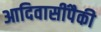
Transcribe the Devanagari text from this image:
आदिवासींपैकी